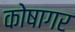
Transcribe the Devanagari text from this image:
कोषागर